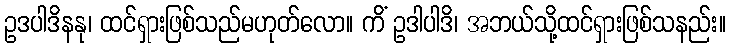
ဥဒပါဒိနနု၊ ထင်ရှားဖြစ်သည်မဟုတ်လော။ ကိံ ဥဒါပါဒိ၊ အဘယ်သို့ထင်ရှားဖြစ်သနည်း။